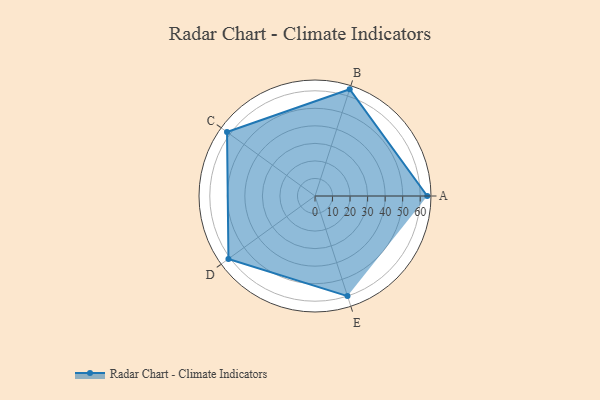
{"axis": {"x": "Skill", "y": "Score"}, "legend": ["Profile"], "data": [{"x": "A", "y": 64.0, "type": "Profile"}, {"x": "B", "y": 64.0, "type": "Profile"}, {"x": "C", "y": 62.0, "type": "Profile"}, {"x": "D", "y": 61.0, "type": "Profile"}, {"x": "E", "y": 60.0, "type": "Profile"}]}